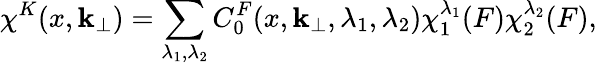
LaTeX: \chi^{K}(x,{\mathbf k}_{\perp})=\sum_{\lambda_{1},\lambda_{2}}C_{0}^{F}(x,{\mathbf k}_{\perp},\lambda_{1},\lambda_{2})\chi_{1}^{\lambda_{1}}(F)\chi_{2}^{\lambda_{2}}(F),